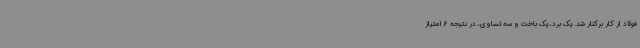
فولاد از کار برکنار شد. یک برد، یک باخت و سه تساوی، در نتیجه 6 امتیاز